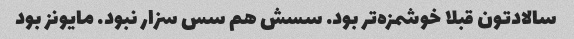
سالادتون قبلا خوشمزه‌تر بود. سسش هم سس سزار نبود. مایونز بود